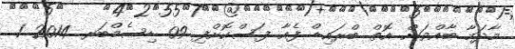
މާދަމާ ބާއްވަން އޮތް ބްރައިޑް ފެއާ ފަސްކޮށްފި 09 ޑިސެމްބަރ 2014 1